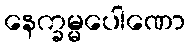
နေက္ခမ္မပေါဏော